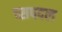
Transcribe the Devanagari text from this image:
च्सपदल